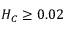
H _ { C } \geq 0 . 0 2